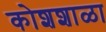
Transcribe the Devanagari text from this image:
कोशशाळा